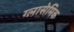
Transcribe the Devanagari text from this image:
ग्लासेमिक